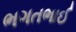
ભગતભાઈ